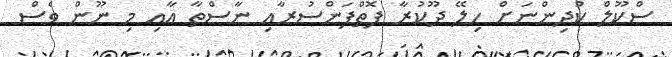
ސްކޫލް ކުދިންނަށް ހިލޭ ދޫކުރާ ފޮތްފަންސުރާއި ނާސްތާ އާއި މި ނޫން ވެސް